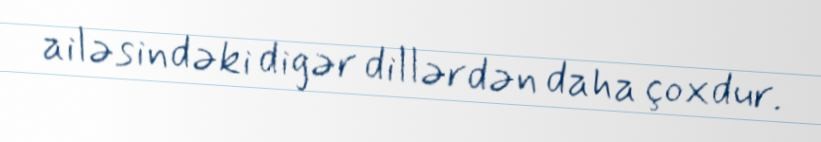
ailəsindəki digər dillərdən daha çoxdur.